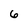
Character: 6